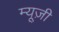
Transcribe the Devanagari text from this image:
म्यू़ज़ी